Annual administration report of the Civil Veterinary Department of India - 1895-1896
Year: 1895
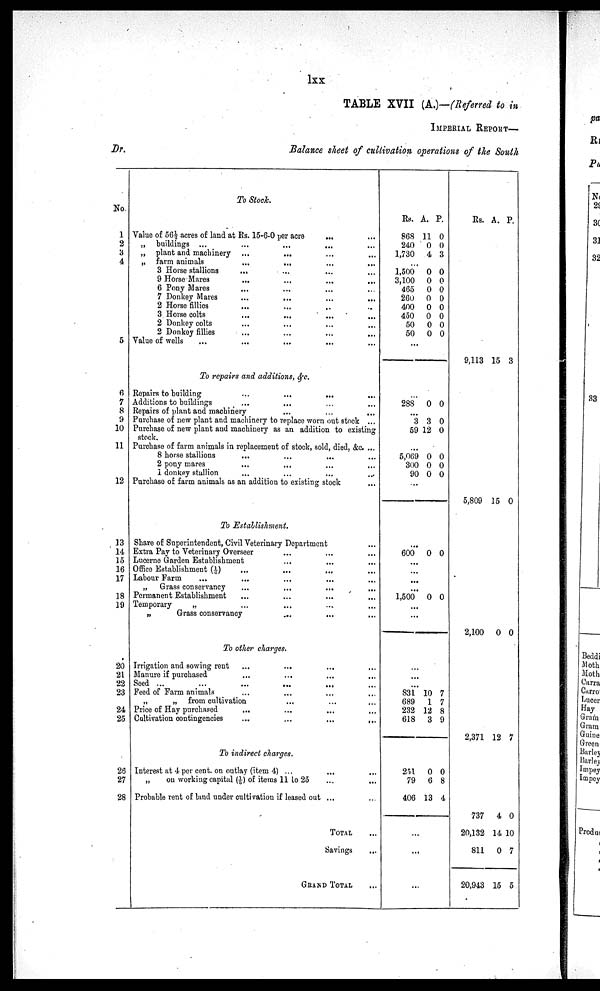
lxx
TABLE XVII (A.)—(Referred to in
IMPERIAL REPORT—
Dr.
Balance sheet of cultivation operations of the South
No.
1
2
3
4
5
6
7
8
9
10
11
12
13
14
15
16
17
18
19
20
21
22
23
24
25
26
27
28
To Stock.
Value of 56½ acres of land at Rs. 15-6-0 per acre
...
„ buildings ...
„ plant and machinery ...
... ... ...
„ farm animals
...
...
...
...
3 Horse stallions
...
9 Horse Mares... ... ... ...
6 Pony Mares
...
7 Donkey Mares... ... ... ...
2 Horse fillies... ... ... ...
3 Horse colts... ... ... ...
2 Donkey colts... ... ... ...
2 Donkey fillies... ... ... ...
Value of wells... ... ... ...
To repairs and additions, &c.
Repairs to building
...
...
...
Additions to buildings... ... ... ...
Repairs of plant and machinery... ... ... ...
Purchase of new plant and machinery to replace worn out stock ...
Purchase of new plant and machinery as an addition to existing
stock.
Purchase of farm animals in replacement of stock, sold, died, &c. ...
8 horse stallions... ... ... ...
2 pony mares... ... ... ...
1 donkey stallion... ... ... ...
Purchase of farm animals as an addition to existing stock
To Establishment.
Share of Superintendent, Civil Veterinary Department ...
Extra Pay to Veterinary Overseer... ... ... ...
Lucerne Garden Establishment... ... ... ...
Office Establisbment (1/6)... ... ... ...
Labour Farm... ... ... ...
„ Grass conservancy
...
...
...
...
Permanent Establishment... ... ... ...
Temporary
„
„
Grass conservancy
...
...
...
To other charges.
Irrigation and sowing rent... ... ... ...
Manure if purchased... ... ... ...
Seed ...
...
...
...
...
Feed of Farm animals
„
„ from cultivation... ... ... ...
Price of Hay purchased... ... ... ...
Cultivation contingencies
...
...
...
...
To indirect charges.
Interest at 4 per cent. on outlay (item 4) ...
...
...
„
on working capital (1/ 5) of items 11 to 25
Probable rent of land under cultivation if leased out ...
TOTAL
Savings
GRAND TOTAL
Rs.
868
240
1,730
A.
11
0
4
P.
0
0
3
...
1,500
3,100
465
260
400
450
50
50
0
0
0
0
0
0
0
0
0
0
0
0
0
0
0
0
...
...
288 0 0
...
3
59
3
12
0
0
...
5,069
300
90
0
0
0
0
0
0
...
...
600 0 0
...
...
...
...
1,500 0 0
...
...
...
...
831
689
232
618
10
1
12
3
7
7
8
9
251
79
406
0
6
13
0
8
4
...
...
...
Rs. A. P.
9,113
15 3
5 809 15 0
2100 0 0
2371 12 7
737
20,132
811
20,943
4
14
0
15
0
10
7
5